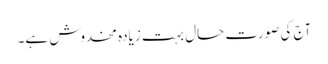
آج کی صورت حال بہت زیادہ مخدوش ہے۔